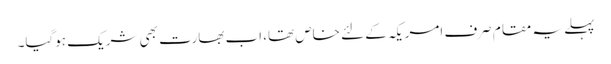
پہلے یہ مقام صرف امریکہ کے لئے خاص تھا، اب بھارت بھی شریک ہوگیا۔